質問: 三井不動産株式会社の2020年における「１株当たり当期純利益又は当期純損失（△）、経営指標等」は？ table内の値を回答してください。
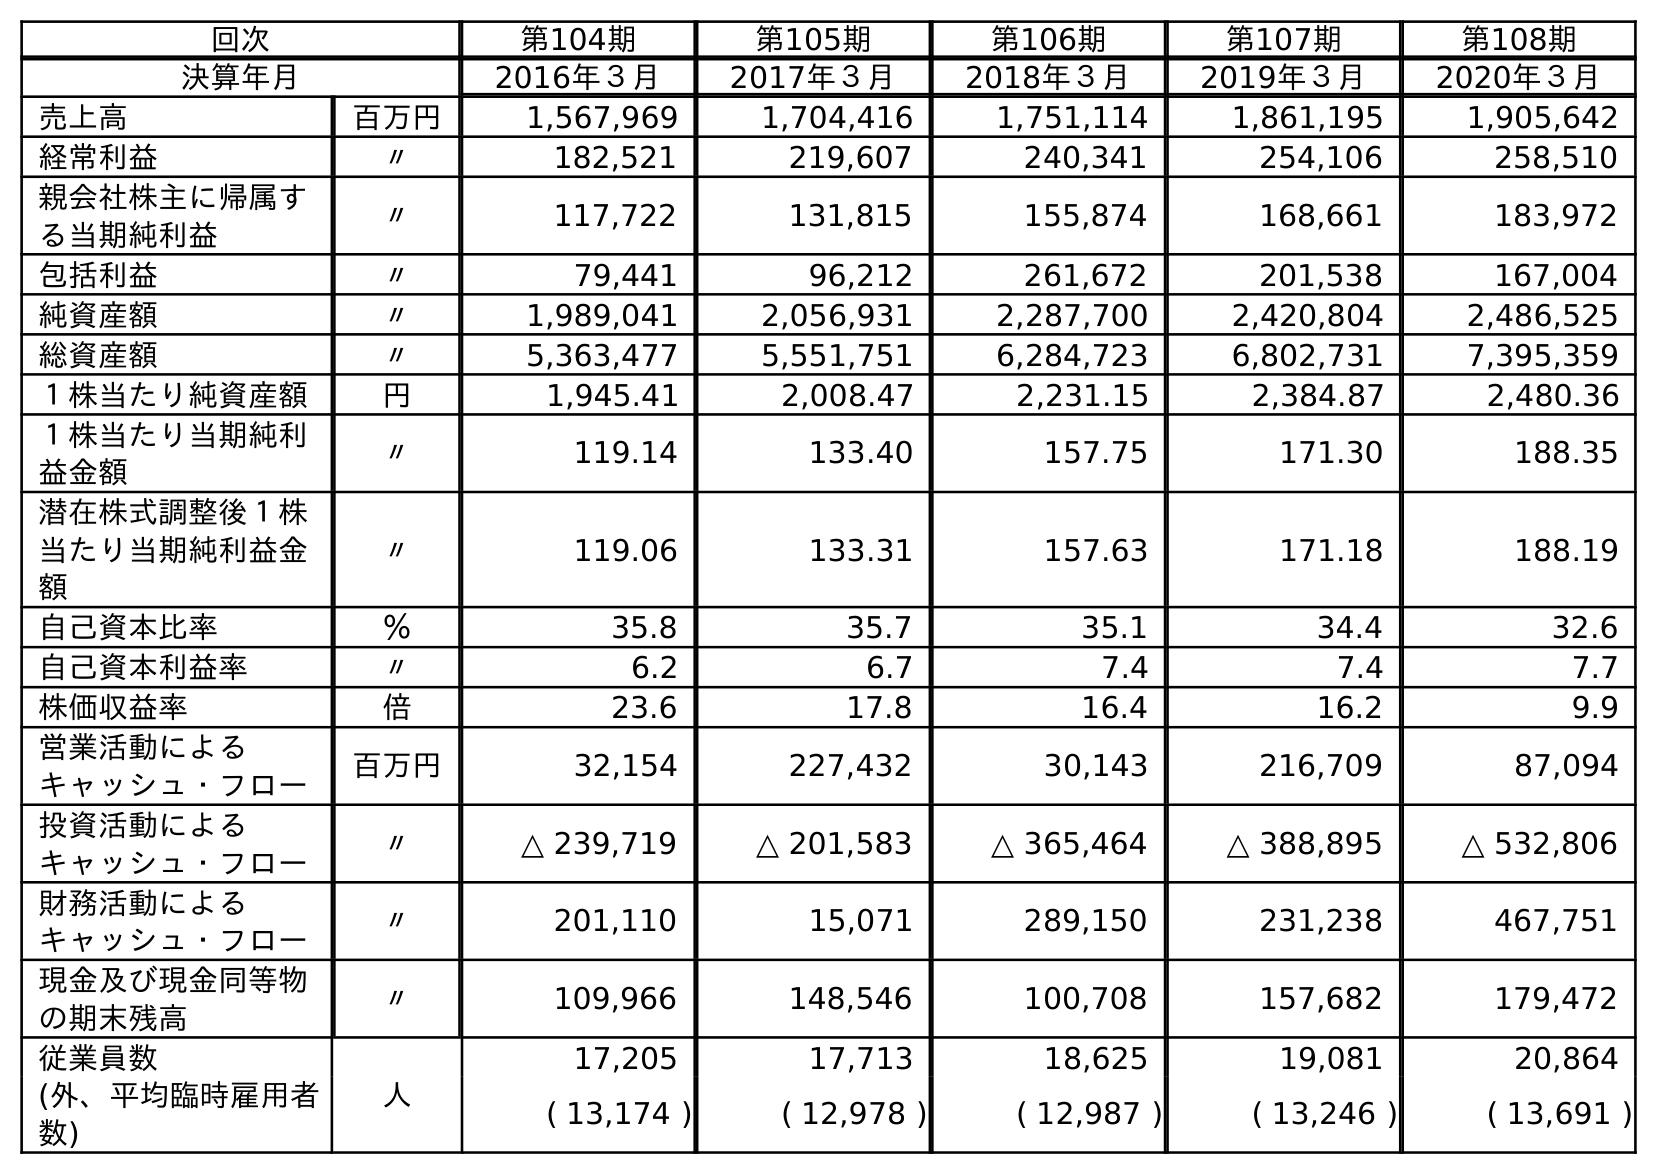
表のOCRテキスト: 回次 第104期 第105期 第106期 第107期 第108期 決算年月 2016年３月 2017年３月 2018年３月 2019年３月 2020年３月 売上高 百万円 1,567,969 1,704,416 1,751,114 1,861,195 1,905,642 経常利益 〃 182,521 219,607 240,341 254,106 258,510 親会社株主に帰属す る当期純利益 〃 117,722 131,815 155,874 168,661 183,972 包括利益 〃 79,441 96,212 261,672 201,538 167,004 純資産額 〃 1,989,041 2,056,931 2,287,700 2,420,804 2,486,525 総資産額 〃 5,363,477 5,551,751 6,284,723 6,802,731 7,395,359 １株当たり純資産額 円 1,945.41 2,008.47 2,231.15 2,384.87 2,480.36 １株当たり当期純利 益金額 〃 119.14 133.40 157.75 171.30 188.35 潜在株式調整後１株 当たり当期純利益金 額 〃 119.06 133.31 157.63 171.18 188.19 自己資本比率 ％ 35.8 35.7 35.1 34.4 32.6 自己資本利益率 〃 6.2 6.7 7.4 7.4 7.7 株価収益率 倍 23.6 17.8 16.4 16.2 9.9 営業活動による キャッシュ・フロー 百万円 32,154 227,432 30,143 216,709 87,094 投資活動による キャッシュ・フロー 〃 △ 239,719 △ 201,583 △ 365,464 △ 388,895 △ 532,806 財務活動による キャッシュ・フロー 〃 201,110 15,071 289,150 231,238 467,751 現金及び現金同等物 の期末残高 〃 109,966 148,546 100,708 157,682 179,472 従業員数 人 17,205 17,713 18,625 19,081 20,864 (外、平均臨時雇用者 数) ( 13,174 ) ( 12,978 ) ( 12,987 ) ( 13,246 ) ( 13,691 )
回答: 188.35